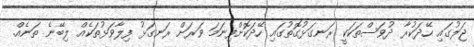
ޖަލުގައި ހޭދަކުރާ ދުވަސްތަކަކީ ރަނގަޅުގޮތުގައި ހޭދަކޮށްފިނަމަ ވަރަށް ރަނގަޅު ފިލާވަޅުތަކެއް ލިބޭނެ ތަނެއް.